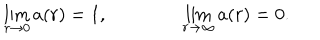
\lim _ { r \rightarrow 0 } a ( r ) = 1 , \qquad \qquad \lim _ { r \rightarrow \infty } a ( r ) = 0 .